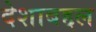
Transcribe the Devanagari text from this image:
देशाबद्दल